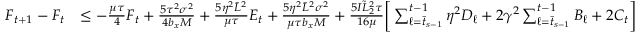
\begin{array} { r l } { F _ { t + 1 } - F _ { t } } & { \leq - \frac { \mu \tau } { 4 } F _ { t } + \frac { 5 \tau ^ { 2 } \sigma ^ { 2 } } { 4 b _ { x } M } + \frac { 5 \eta ^ { 2 } \bar { L } ^ { 2 } } { \mu \tau } E _ { t } + \frac { 5 \eta ^ { 2 } \bar { L } ^ { 2 } \sigma ^ { 2 } } { \mu \tau b _ { x } M } + \frac { 5 I \tilde { L } _ { 2 } ^ { 2 } \tau } { 1 6 \mu } \bigg [ \sum _ { \ell = \bar { t } _ { s - 1 } } ^ { t - 1 } \eta ^ { 2 } D _ { \ell } + 2 \gamma ^ { 2 } \sum _ { \ell = \bar { t } _ { s - 1 } } ^ { t - 1 } B _ { \ell } + 2 C _ { t } \bigg ] } \end{array}